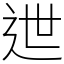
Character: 迣